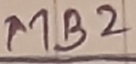
Text: MB2